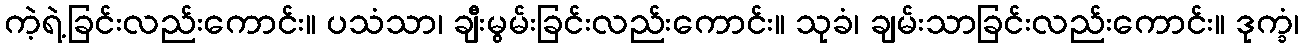
ကဲ့ရဲ့ခြင်းလည်းကောင်း။ ပသံသာ၊ ချီးမွမ်းခြင်းလည်းကောင်း။ သုခံ၊ ချမ်းသာခြင်းလည်းကောင်း။ ဒုက္ခံ၊